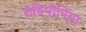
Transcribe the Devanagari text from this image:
रोडिमीनिया